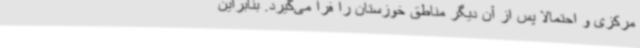
مرکزی و احتمالا پس از آن دیگر مناطق خوزستان را فرا می‌گیرد. بنابراین